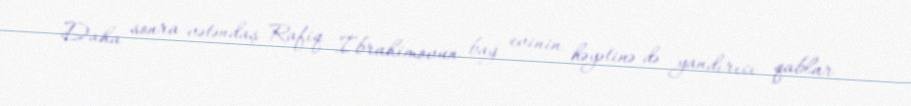
Daha sonra vətəndaş Rafiq İbrahimovun bağ evinin həyətinə də yandırıcı qablar